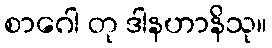
စာဂေါ တု ဒါနဟာနိသု။